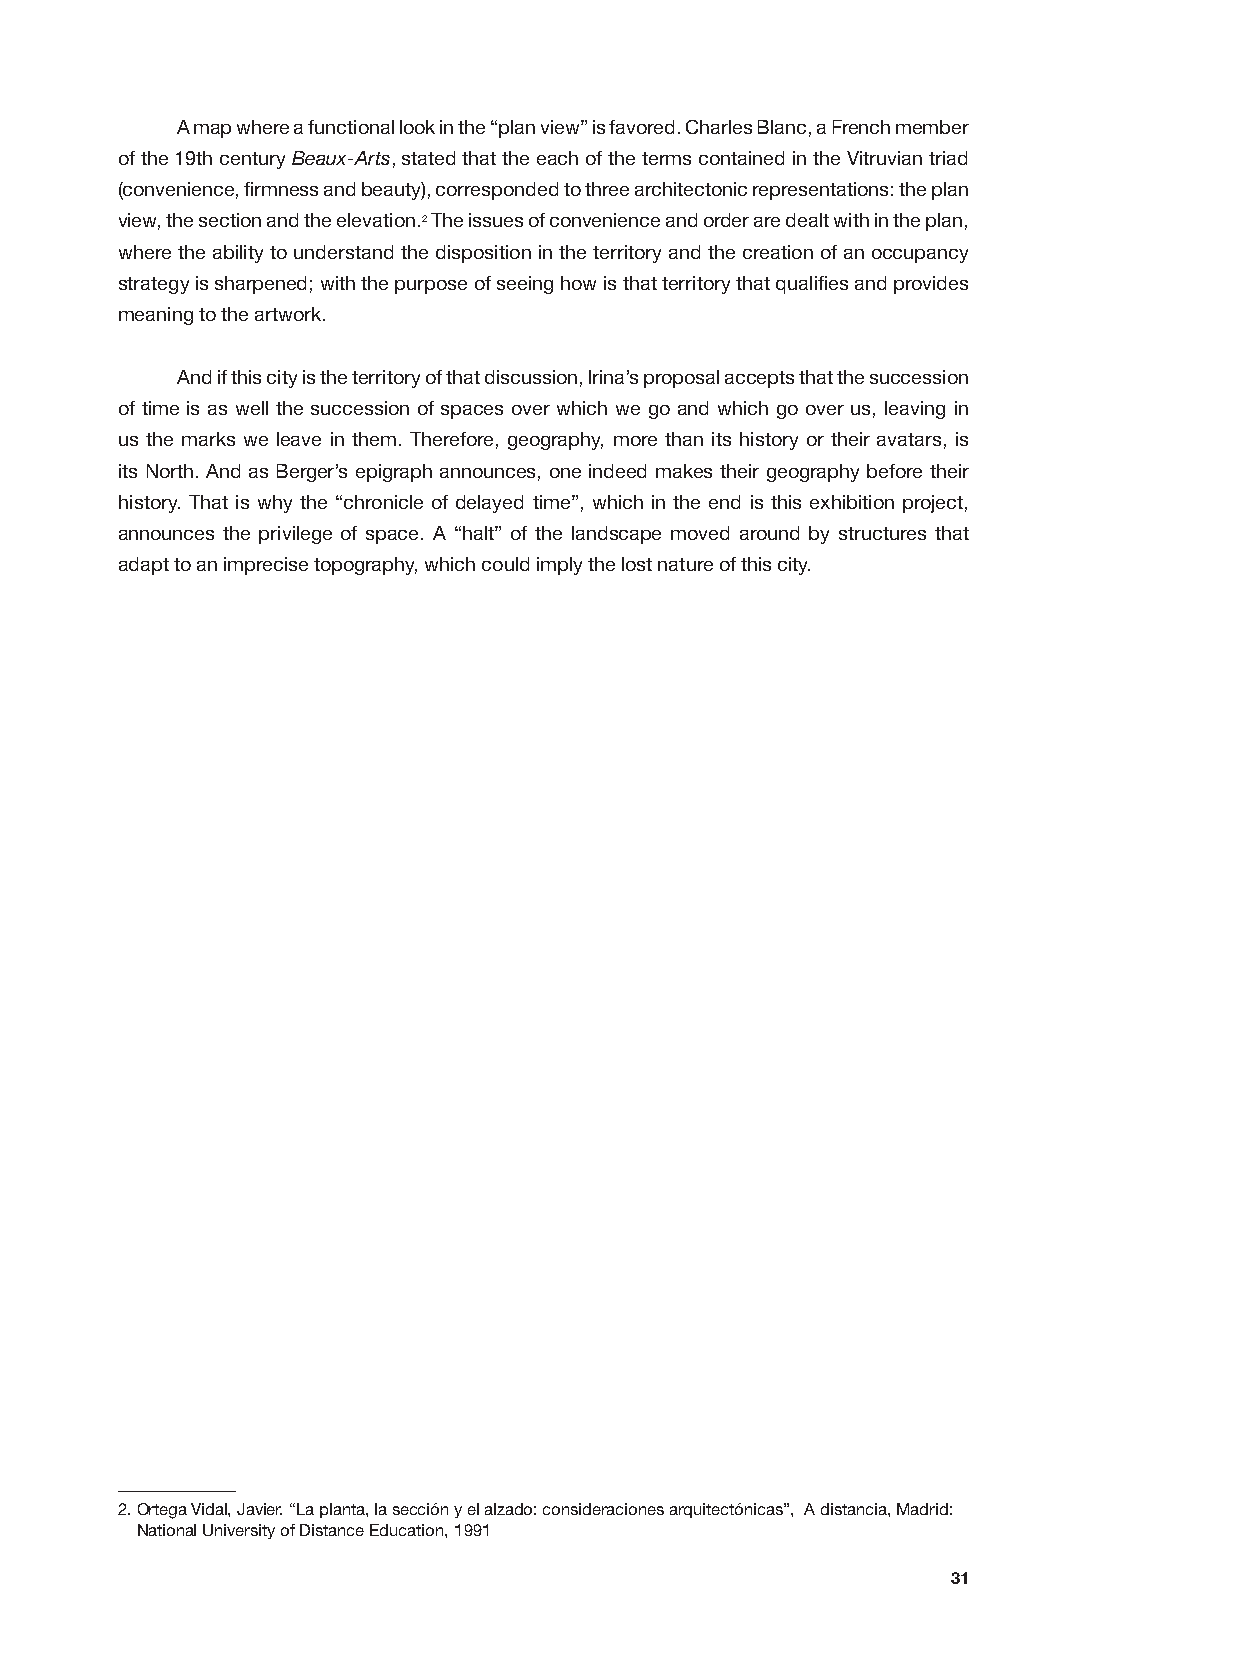
A map where a functional look in the “plan view” is favored. Charles Blanc, a French member
 of the 19th century Beaux-Arts, stated that the each of the terms contained in the Vitruvian triad
 (convenience, firmness and beauty), corresponded to three architectonic representations: the plan
 view, the section and the elevation.2 The issues of convenience and order are dealt with in the plan,
 where the ability to understand the disposition in the territory and the creation of an occupancy
 strategy is sharpened; with the purpose of seeing how is that territory that qualifies and provides
 meaning to the artwork.
 And if this city is the territory of that discussion, Irina’s proposal accepts that the succession
 of time is as well the succession of spaces over which we go and which go over us, leaving in
 us the marks we leave in them. Therefore, geography, more than its history or their avatars, is
 its North. And as Berger’s epigraph announces, one indeed makes their geography before their
 history. That is why the “chronicle of delayed time”, which in the end is this exhibition project,
 announces the privilege of space. A “halt” of the landscape moved around by structures that
 adapt to an imprecise topography, which could imply the lost nature of this city.
 2. Ortega Vidal, Javier. “La planta, la sección y el alzado: consideraciones arquitectónicas”, A distancia, Madrid:
 National University of Distance Education, 1991
 31